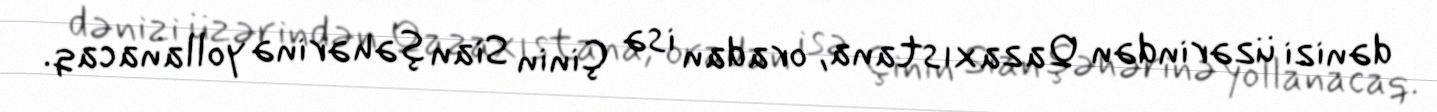
dənizi üzərindən Qazaxıstana, oradan isə Çinin Sian şəhərinə yollanacaq.